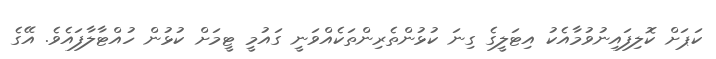
ކަޕަށް ކޮލިފައިނުވުމާއެކު އިޓަލީގެ ގިނަ ކުޅުންތެރިންތަކެއްވަނީ ގައުމީ ޓީމަށް ކުޅުން ހުއްޓާލާފައެވެ. އޭގެ